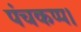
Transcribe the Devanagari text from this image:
पंचकप्प।